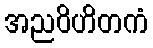
အညဝိဟိတကံ